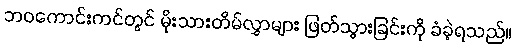
ဘဝကောင်းကင်တွင် မိုးသားတိမ်လွှာများ ဖြတ်သွားခြင်းကို ခံခဲ့ရသည်။